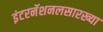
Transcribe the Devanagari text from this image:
इंटरनॅशनलसारख्या